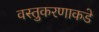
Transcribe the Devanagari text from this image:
वस्तुकरणाकडे